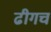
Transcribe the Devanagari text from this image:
ढीगच